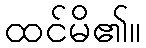
ထင်မိ၏။